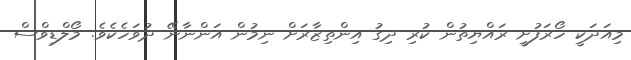
މިއަދަކީ ހޯރަފުށީ ރައްޔިތުން ކުރި ދިގު އިންތިޒާރަށް ނިމުން އަންނާނޭ ދުވަހެކެވެ. މޯލްޑިވްސް